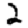
Digit: 2